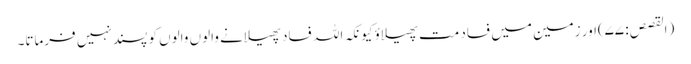
(القصص: ۷۷)اور زمین میں فساد مت پھیلاؤ کیونکہ اللہ فساد پھیلانے والوں والوں کو پسند نہیں فرماتا۔